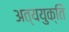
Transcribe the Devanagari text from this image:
अत्ययुक्ति